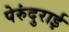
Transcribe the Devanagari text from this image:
पेरुंदुराई